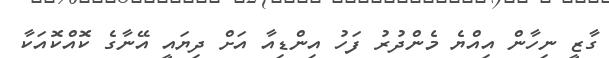
ގާޒީ ނިހާން އިއްޔެ މެންދުރު ފަހު އިންޑިއާ އަށް ދިޔައީ އޭނާގެ ކޮއްކޮއަކާ